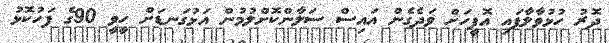
ދޮރު ހުޅުވާލާފައި އޮފީހަށް ވަދެގެން އައިސް ސަލާންކޮށްލުމުން އަޅުގަނޑަށް ހީވީ 90ގެ ފަހުކޮޅު